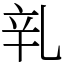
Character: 乵